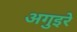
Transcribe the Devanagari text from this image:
अगुइरे